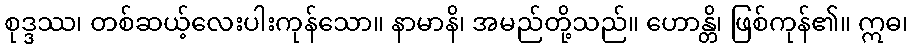
စုဒ္ဒဿ၊ တစ်ဆယ့်လေးပါးကုန်သော။ နာမာနိ၊ အမည်တို့သည်။ ဟောန္တိ၊ ဖြစ်ကုန်၏။ ဣဓ၊